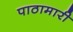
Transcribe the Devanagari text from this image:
पाठामारी